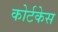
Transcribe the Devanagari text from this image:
कोर्टकेस